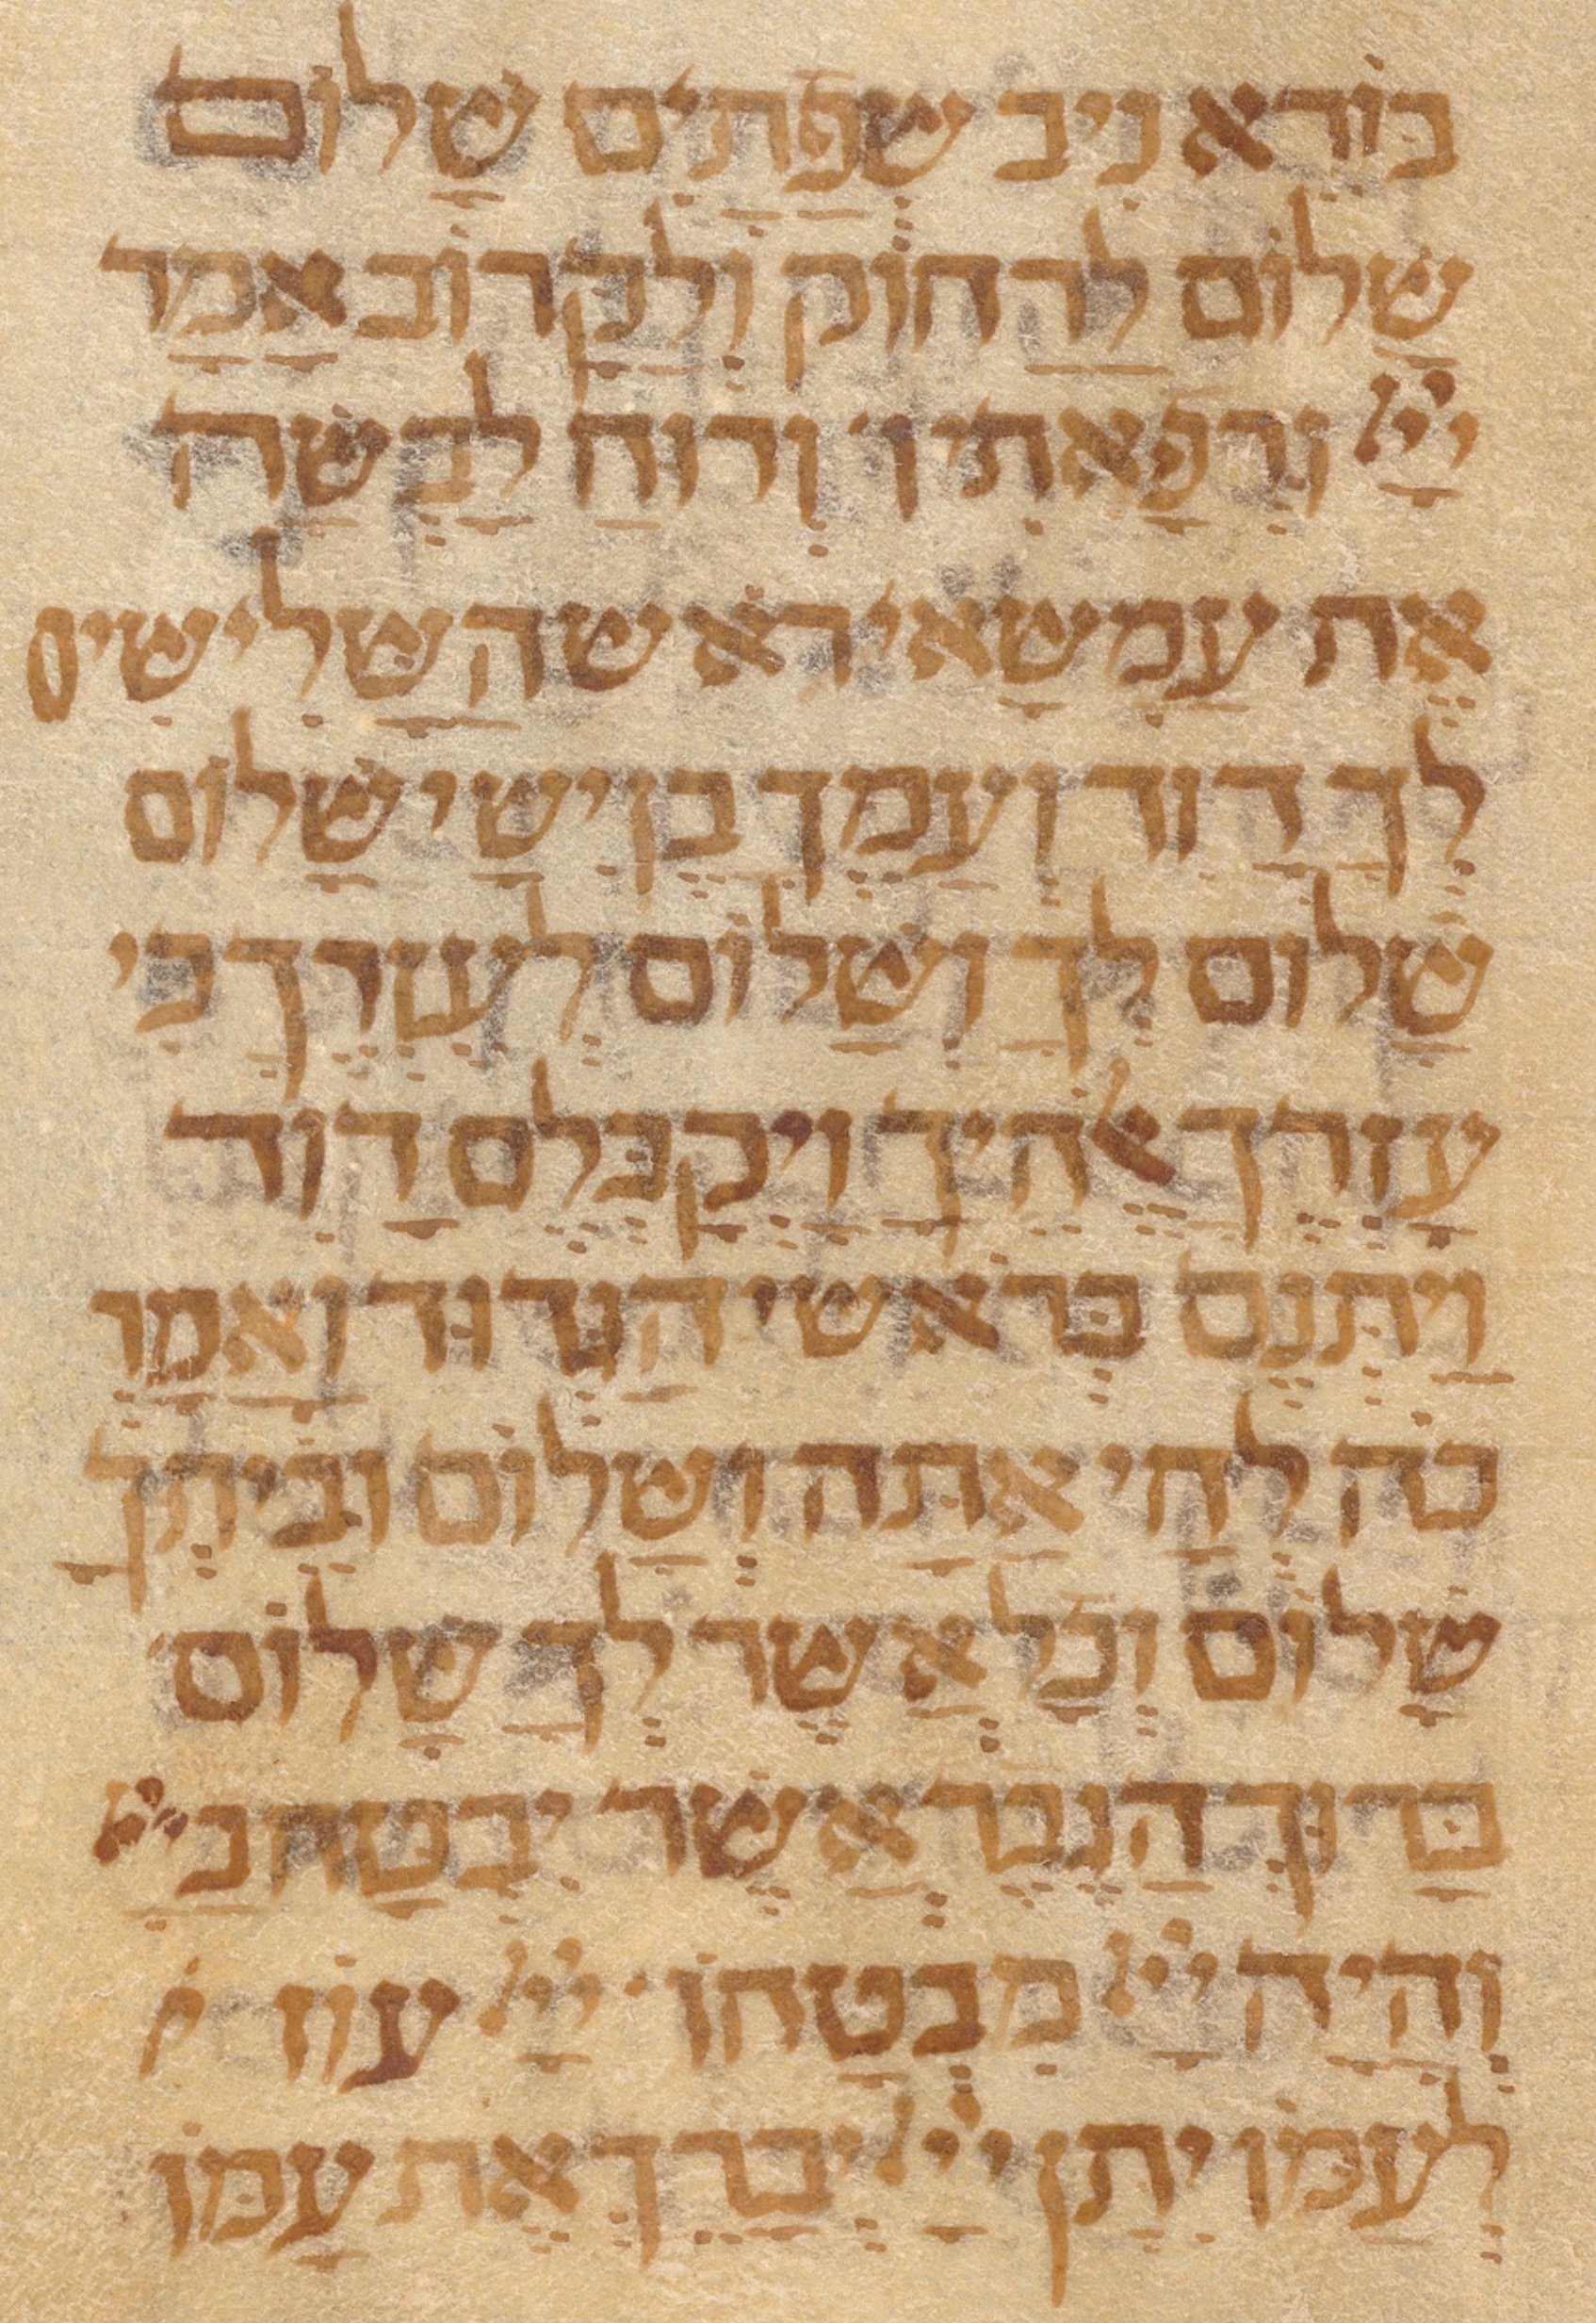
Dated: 1300–1399